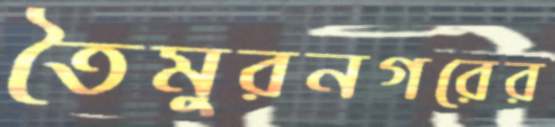
তৈমুরনগরের